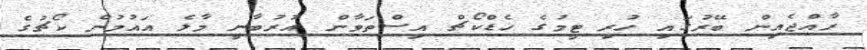
ރާއްޖެއިން ބޭރުގައި ހުރި ޓީމުގެ ހެޑްކޯޗް އިސްތަވާން އުރުބާނީ މާލެ އައުމުން ކޯޗުގެ